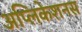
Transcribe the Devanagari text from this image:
अप्लिकेशनस